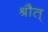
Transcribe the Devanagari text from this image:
श्रौत्